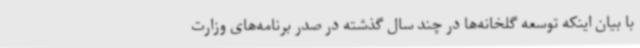
با بیان اینکه توسعه گلخانه‌ها در چند سال گذشته در صدر برنامه‌های وزارت